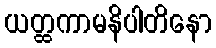
ယတ္ထကာမနိပါတိနော